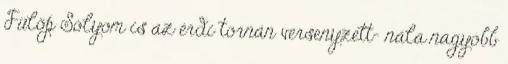
Fülöp Sólyom is az érdi tornán versenyzett- nála nagyobb